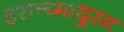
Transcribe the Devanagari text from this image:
इरात्त्य्माधुरम